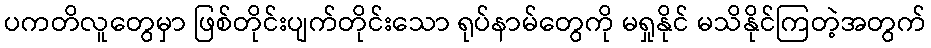
ပကတိလူတွေမှာ ဖြစ်တိုင်းပျက်တိုင်းသော ရုပ်နာမ်တွေကို မရှုနိုင် မသိနိုင်ကြတဲ့အတွက်